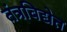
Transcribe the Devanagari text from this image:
तंत्रविद्येत